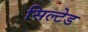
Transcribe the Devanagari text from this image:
सिल्टेड